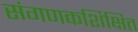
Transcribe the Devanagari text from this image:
संगणकशिक्षित